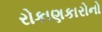
રોકાણકારોનો